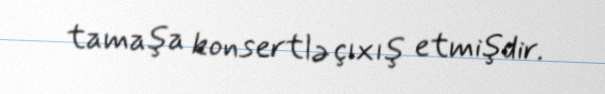
tamaşa konsertlə çıxış etmişdir.